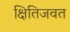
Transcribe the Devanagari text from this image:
क्षितिजवत